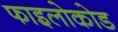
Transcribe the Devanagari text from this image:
फाइलोकोड